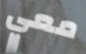
معي